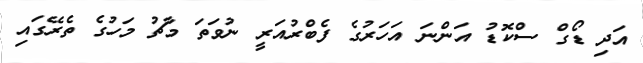
އަދި ޑޯގް ސްކޮޑު އަންނަ އަހަރުގެ ފެބްރުއަރީ ނުވަތަ މާޗު މަހުގެ ތެރޭގައި